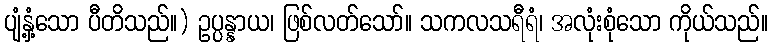
ပျံ့နှံ့သော ပီတိသည်။) ဥပ္ပန္နာယ၊ ဖြစ်လတ်သော်။ သကလသရီရံ၊ အလုံးစုံသော ကိုယ်သည်။